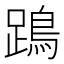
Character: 𨄙